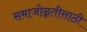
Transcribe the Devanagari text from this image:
समाजोन्नतीसाठी